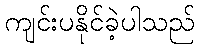
ကျင်းပနိုင်ခဲ့ပါသည်